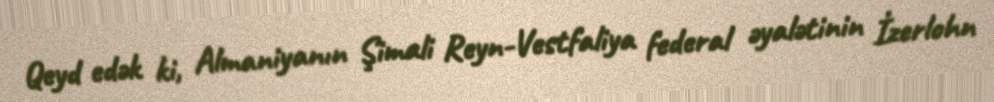
Qeyd edək ki, Almaniyanın Şimali Reyn-Vestfaliya federal əyalətinin İzerlohn